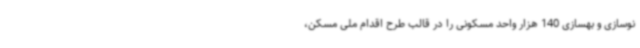
نوسازی و بهسازی 140 هزار واحد مسکونی را در قالب طرح اقدام ملی مسکن،